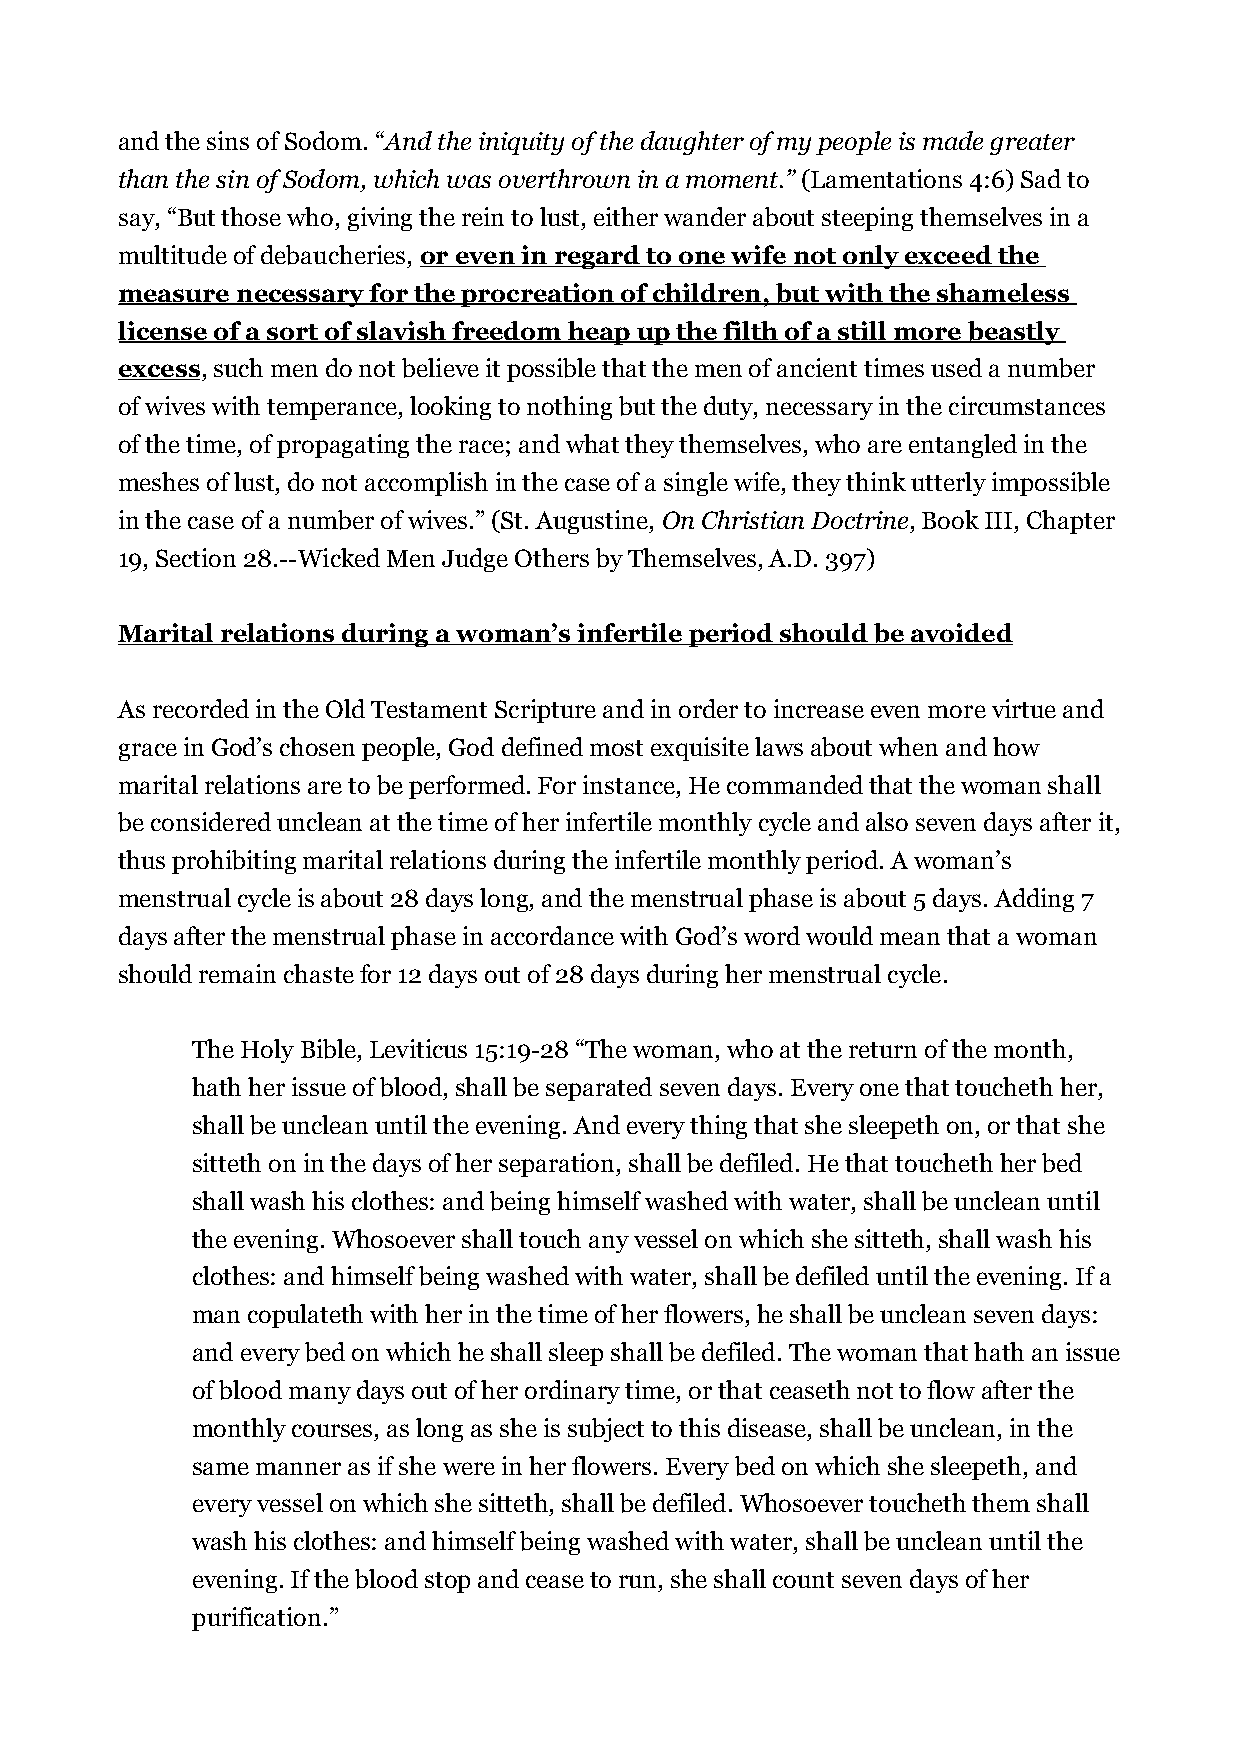
and the sins of Sodom. “And the iniquity of the daughter of my people is made greater
 than the sin of Sodom, which was overthrown in a moment.” (Lamentations 4:6) Sad to
 say, “But those who, giving the rein to lust, either wander about steeping themselves in a
 multitude of debaucheries, or even in regard to one wife not only exceed the
 measure necessary for the procreation of children, but with the shameless
 license of a sort of slavish freedom heap up the filth of a still more beastly
 excess, such men do not believe it possible that the men of ancient times used a number
 of wives with temperance, looking to nothing but the duty, necessary in the circumstances
 of the time, of propagating the race; and what they themselves, who are entangled in the
 meshes of lust, do not accomplish in the case of a single wife, they think utterly impossible
 in the case of a number of wives.” (St. Augustine, On Christian Doctrine, Book III, Chapter
 19, Section 28.--Wicked Men Judge Others by Themselves, A.D. 397)
 Marital relations during a woman’s infertile period should be avoided
 As recorded in the Old Testament Scripture and in order to increase even more virtue and
 grace in God’s chosen people, God defined most exquisite laws about when and how
 marital relations are to be performed. For instance, He commanded that the woman shall
 be considered unclean at the time of her infertile monthly cycle and also seven days after it,
 thus prohibiting marital relations during the infertile monthly period. A woman’s
 menstrual cycle is about 28 days long, and the menstrual phase is about 5 days. Adding 7
 days after the menstrual phase in accordance with God’s word would mean that a woman
 should remain chaste for 12 days out of 28 days during her menstrual cycle.
 The Holy Bible, Leviticus 15:19-28 “The woman, who at the return of the month,
 hath her issue of blood, shall be separated seven days. Every one that toucheth her,
 shall be unclean until the evening. And every thing that she sleepeth on, or that she
 sitteth on in the days of her separation, shall be defiled. He that toucheth her bed
 shall wash his clothes: and being himself washed with water, shall be unclean until
 the evening. Whosoever shall touch any vessel on which she sitteth, shall wash his
 clothes: and himself being washed with water, shall be defiled until the evening. If a
 man copulateth with her in the time of her flowers, he shall be unclean seven days:
 and every bed on which he shall sleep shall be defiled. The woman that hath an issue
 of blood many days out of her ordinary time, or that ceaseth not to flow after the
 monthly courses, as long as she is subject to this disease, shall be unclean, in the
 same manner as if she were in her flowers. Every bed on which she sleepeth, and
 every vessel on which she sitteth, shall be defiled. Whosoever toucheth them shall
 wash his clothes: and himself being washed with water, shall be unclean until the
 evening. If the blood stop and cease to run, she shall count seven days of her
 purification.”